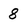
Character: 8